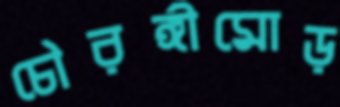
চৌরঙ্গীমোড়